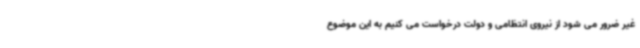
غیر ضرور می شود از نیروی انتظامی و دولت درخواست می کنیم به این موضوع